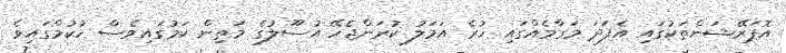
އޮޕަރޭޝަންތަކުގައި އެފަދަ މަގާމެއްގައި ހުރެ އަމަލު ކުރަންޖެހޭ އުސޫލުގެ މަތިން ކަމުގައިވެސް ހުކުމްގައިވެ